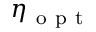
\eta _ { \mathrm { ~ o ~ p ~ t ~ } }